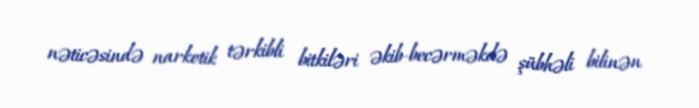
nəticəsində narkotik tərkibli bitkiləri əkib-becərməkdə şübhəli bilinən